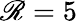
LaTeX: \mathscr{R}=5